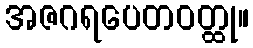
အဇဂရပေတဝတ္ထု။